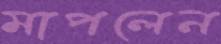
মাপলেন